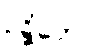
ဥဍ္ဍိတော